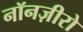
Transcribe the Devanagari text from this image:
नॉनज़ीरो